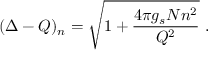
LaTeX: ( \Delta - Q ) _ { n } = \sqrt { 1 + \frac { 4 \pi g _ { s } N n ^ { 2 } } { Q ^ { 2 } } } ~ .